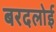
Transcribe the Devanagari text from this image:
बरदलोई